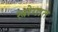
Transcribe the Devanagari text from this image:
स्त्रोगात